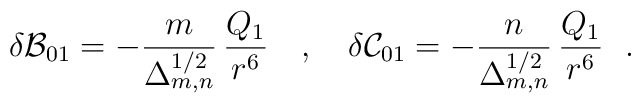
\delta{\cal B}_{01}= -\frac{m}{\Delta_{m,n}^{1/2}}\,\frac{Q_1}{r^6}~~~,~~~\delta{\cal C}_{01} =-\frac{n}{\Delta_{m,n}^{1/2}}\,\frac{Q_1}{r^6}~~.